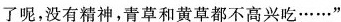
了呢，没有精神，青草和黄草都不高兴吃……”